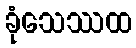
ခုံသေဿထ